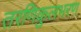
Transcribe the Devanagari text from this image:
तरणिकुलभरण